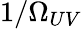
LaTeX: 1/\Omega_{UV}